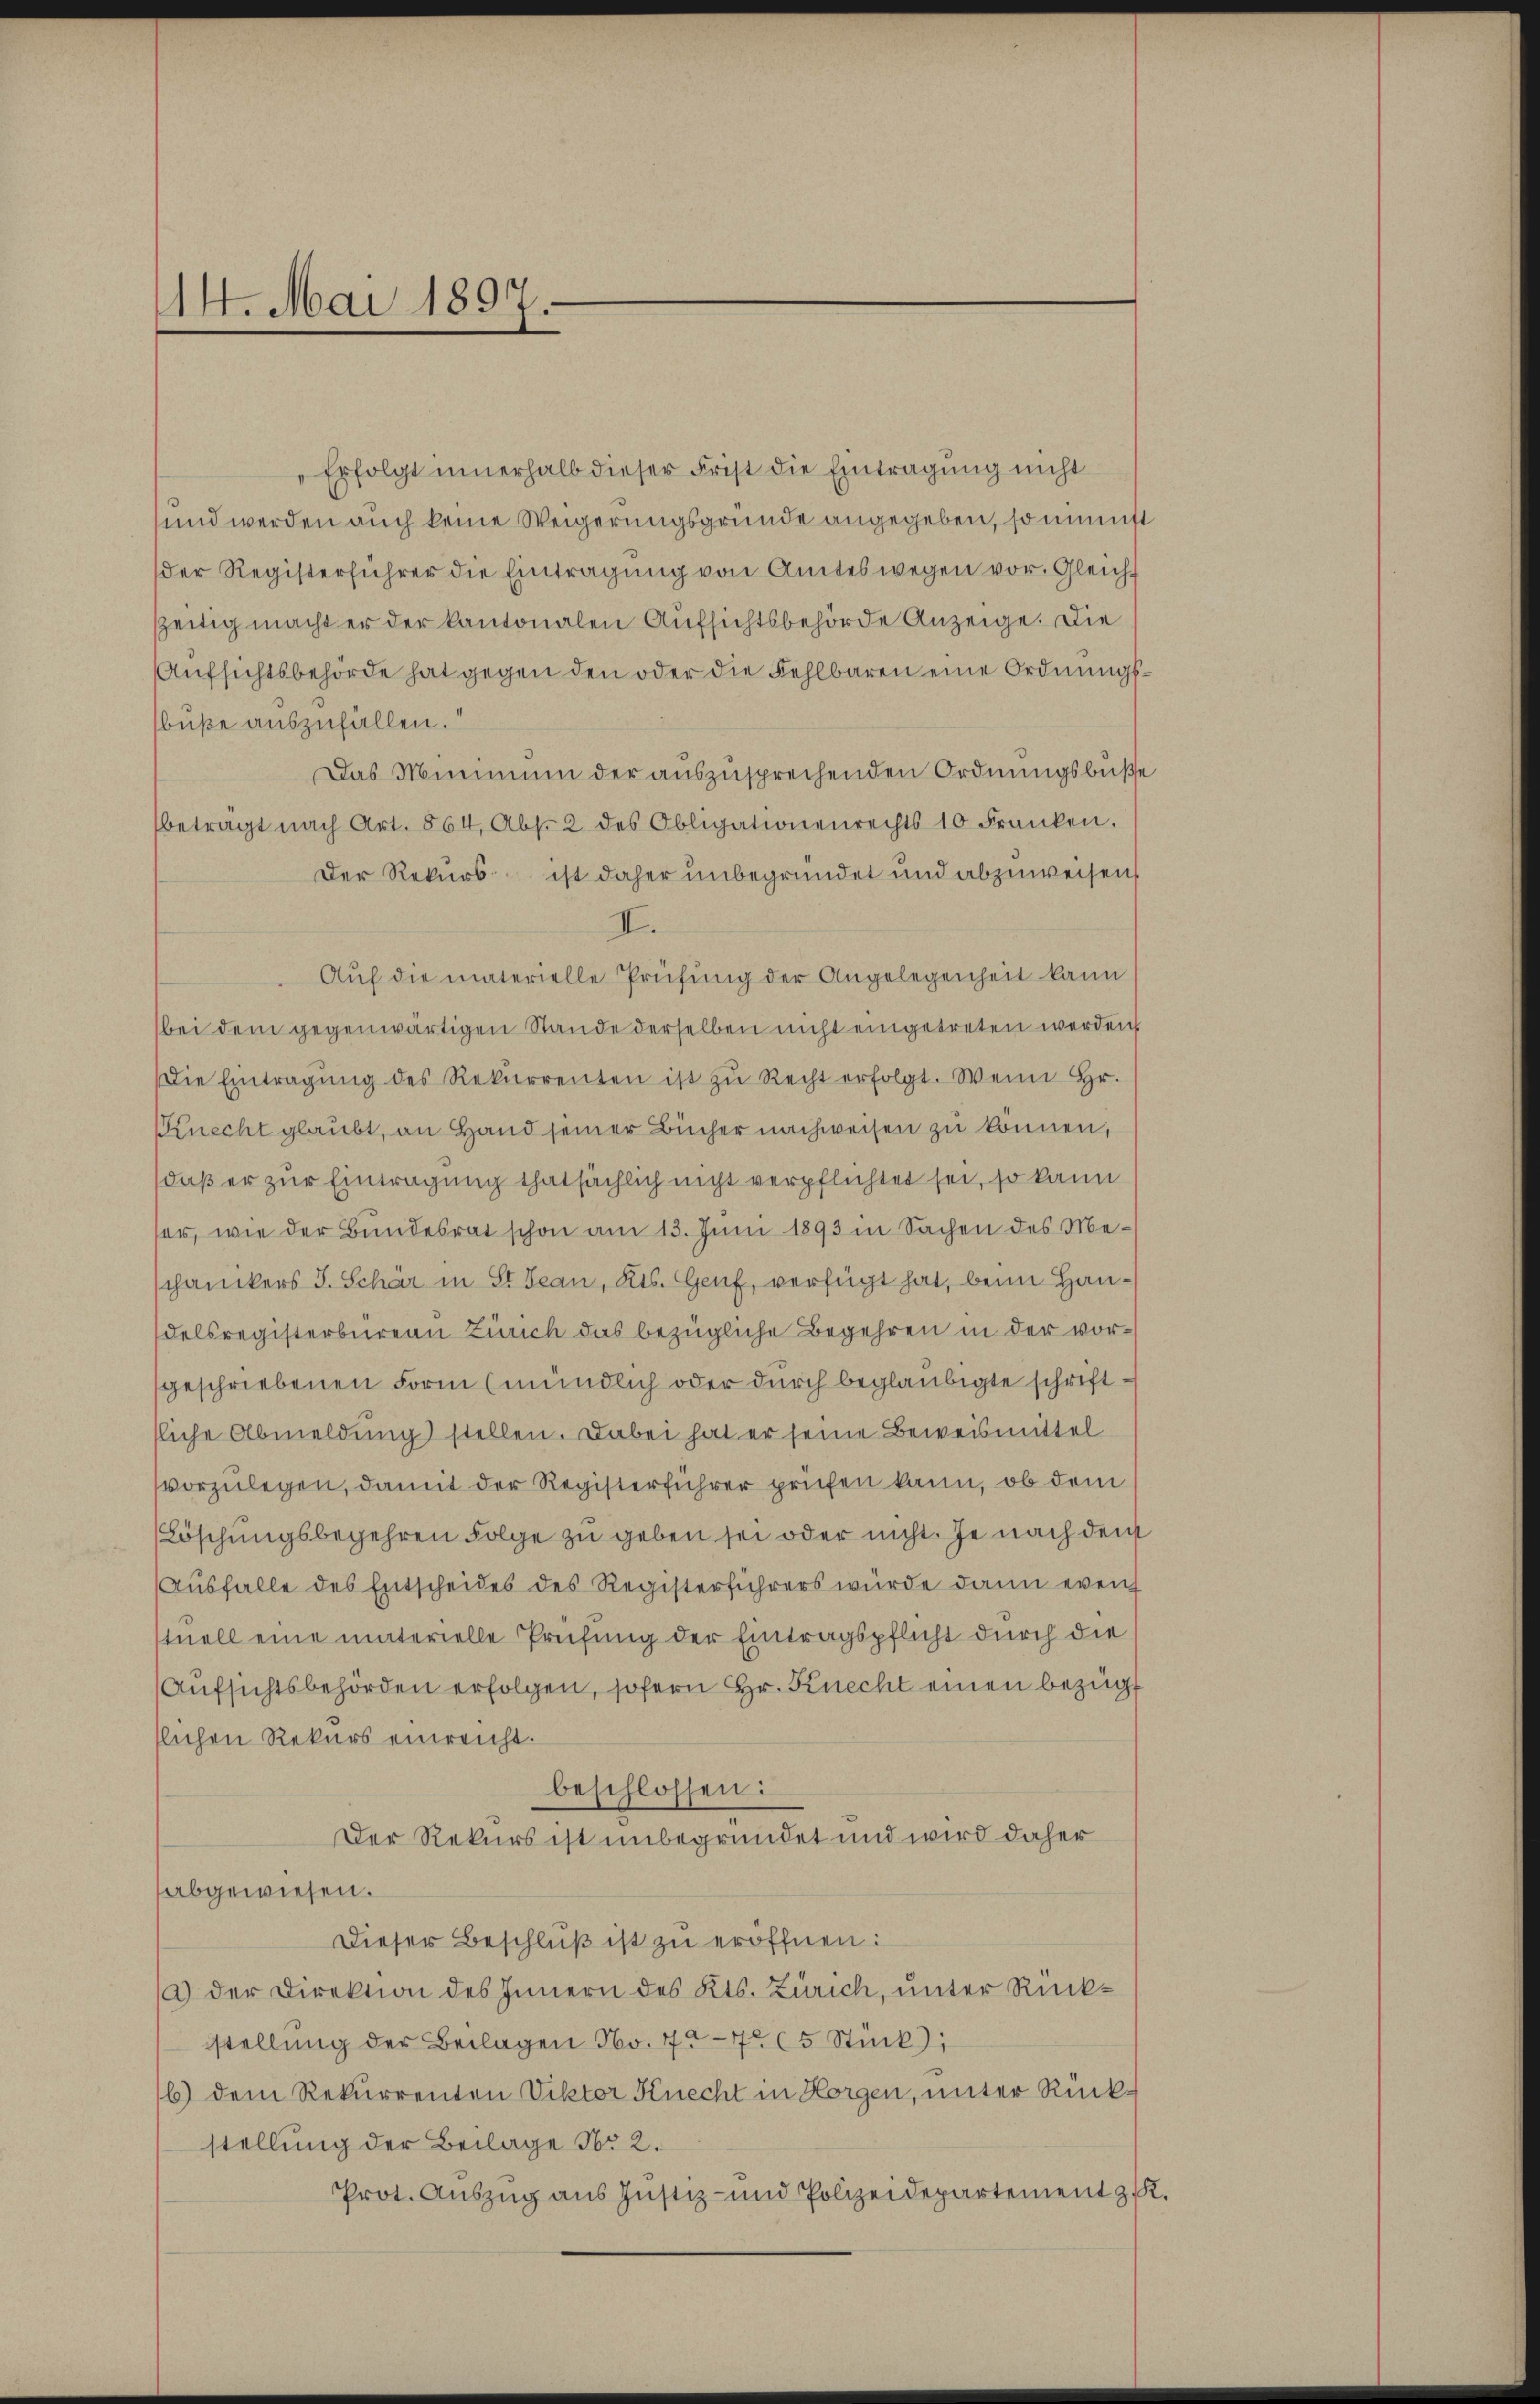
14. Mai 1897.

Erfolgt innerhalb dieser Frist die Eintragung nicht
und werden auch keine Weigerungsgründe angegeben, so unmitt
der Registerführer die Eintragŭng von Amteswegen vor. Gleichf
zzeitig macht er der kantonalen Aufsichtsbehörde Anzeige. Die
Aufsichtsbehörde hat gegen den oder die Fehlbaren eine Ordnungsbuße auszufällen.
Das Minimum der auszusprechenden Ordnungsbuße
betragt nach Art. 864, Abs. 2 des Obligationenrechts 10 Franken.
Der Rekurs ist daher unbegründet und abzuweisen,
II.
Auf die materielle Prüfung der Angelegenheit kann
bei dem gegenwärtigen Stande derselben nicht eingetreten werden
Die Eintragŭng des Rekurrenten ist zŭ Recht erfolgt. Wenn Hr.
Knecht glaubt, an Hand seiner Bücher nachweisen zu können,
daß er zur Eintragung thatsächlich nicht verpflichtet sei, so kann
er, wie der Bundesrat schon am 13. Juni 1893 in Sachen des Mechanikers J. Schär in St. Jean, Kts. Genf, verfügt hat, beim Handelsregisterbureau Zürich das bezügliche Begehren in der vorgeschriebenen Form (mündlich oder durch beglaubigte schriftliche Abmeldung) stellen. Dabei hat er seine Beweismittel
vorzulegen, damit der Registerführer prüfen kann, ob dem
Löschungsbegehren Folge zu geben sei oder nicht. Je nach dem
Ausfalle des Entscheides des Registerführers wurde dann evenh
stuell eine materielle Prüfung der Eintragspflicht durch die
Aufsichtsbehörden erfolgen, sofern Hr. Knecht einen bezüg
slichen Rekurs einreicht.
beschlossen:
Der Rekurs ist unbegründet und wird daher
abgewiesen.
Dieser Beschlŭβ ist zu eröffnen:
a) der Direktion des Innern des Kts. Zürich, unter Rückstellung der Beilagen No. 707 (5 Stück;
b) dem Rekurrenten Viktor Knecht in Horgen, unter Rückstellung der Beilage No 2.
Prot. Auszug aus Justiz- und Polizeidepartement z. K.